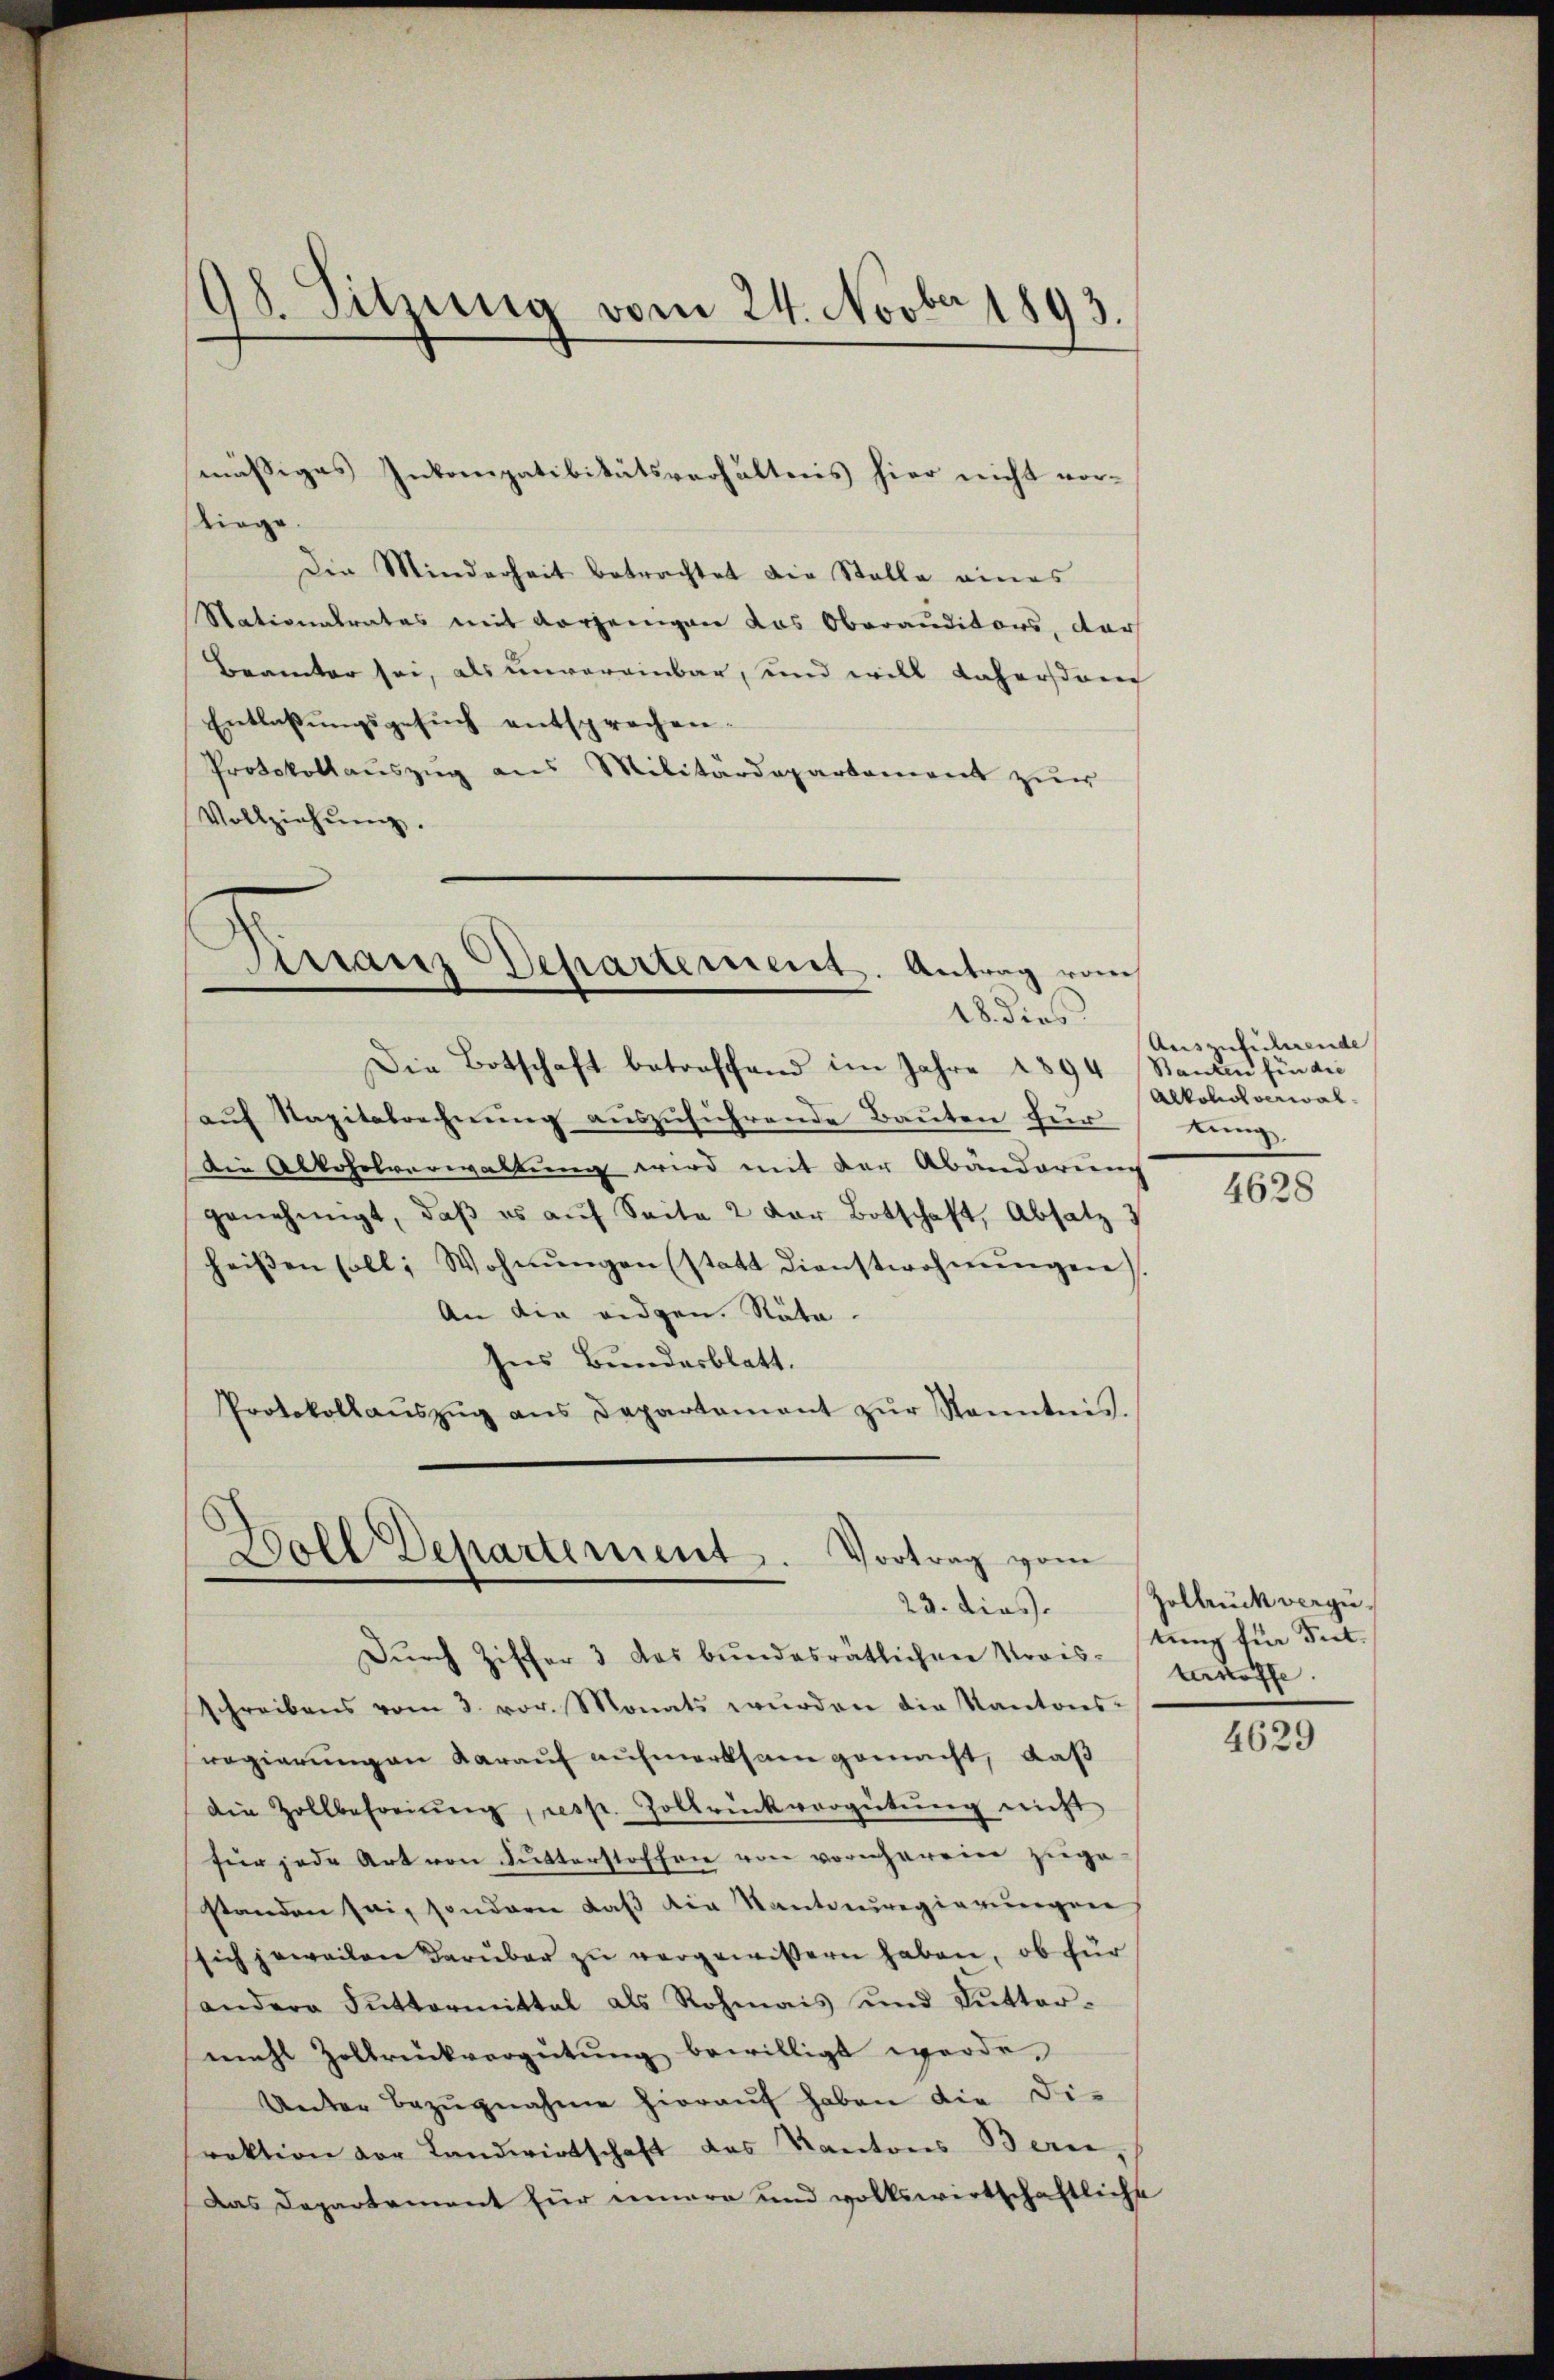
98. Sitzung vom 24. Novber 1893.

kinge
Die Minderheit betrachtet die Stelle eines
Nationalrates mit Vorjeingen das Oberanditärs, dar
Beamter sei, als unvereinbar, und will daherstauch
Entlaβŭngsgesŭch entsprochen.
Protokollauszug aus Militärdepartement zur
Vollziehŭng.

mässiges Inkompativitätsverhältnis hier nicht vor-

Kirranz Departement. Antrag vom
18. dies

Die Botschaft betreffend im Jahre 1894 Stanten finde
auf Kapitalrechnung auszuführende Bauten für tung
Die Alkoholverwaltung wird mit der Abänderung
genehmigt, daβ es auf Seite 2 der Botschaft, Absatz 3
heißen soll, Wohnŭngen (statt dienstwohnŭngen.
An die eidgen. Räte.
Ins Bundesblatt.
Protokollaŭszŭg ans Departamant zŭr Kenntnis.

Boll Departement. Vortrag vom
23. dies
Dŭrch Ziffer 3 das bŭndesrätlichen Krais-stŭng für Int

schreibens vom 3. vor. Monats wŭrden die Kantons-
regierungen darauf aufmerksam gemacht, daß
die Zollbefreiung, resp. Zollrückvergütŭng nicht
für jede Art von Sutterstoffen von vornheren zuge
standen sei, sondern daß die Kanteuregierungen
sich jeweilen darüber zu vorgewissern haben, ob für
andere Futtermittal als Rohmais und Butter-
mahl Zolbrückvergütung bewilligt werde,
Unter Bezŭgnahme hierauf haben die Di-
rektion der Landwirtschaft des Kantons Bern,
Das Departement für innere und volkswirtschaftliche

Auszuführende
Alkoholverwal¬

4628

Zolbrück vergüterkoffe.

4629